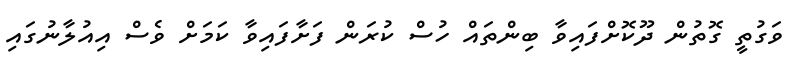
ވަގުތީ ގޮތުން ދޫކޮށްފައިވާ ބިންތައް ހުސް ކުރަން ފަށާފައިވާ ކަމަށް ވެސް އިއުލާނުގައި